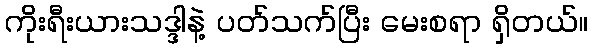
ကိုးရီးယားသဒ္ဒါနဲ့ ပတ်သက်ပြီး မေးစရာ ရှိတယ်။